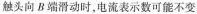
触头向B端滑动时，电流表示数可能不变